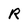
Character: R